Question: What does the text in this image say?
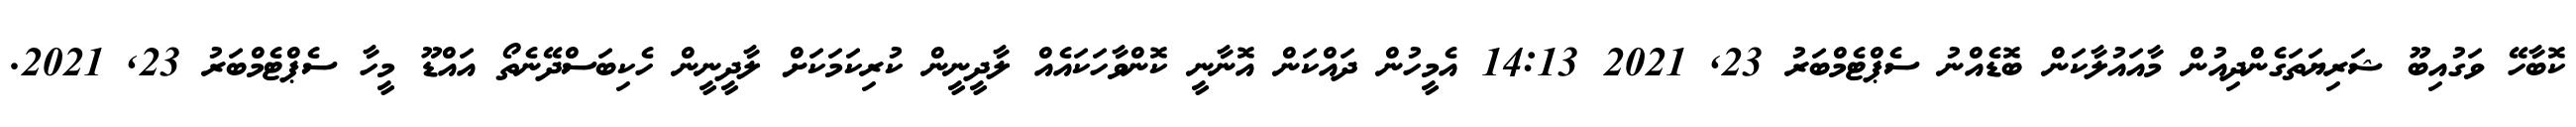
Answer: ކޮބާހޭ ވަގުއިބޫ ޝަރިޔަތަގެންދިއުން މާއައުލާކަން ބޮޑެއްނު ސެޕްޓެމްބަރު 23, 2021 14:13 އެމީހުން ދައްކަން އޮނާނީ ކޮންވާހަކައެއް ލާދީނީން ކުރިކަމަކަށް ލާދީނީން ހެކިބަސްދޭނެތޯ އައްޑޫ މީހާ ސެޕްޓެމްބަރު 23, 2021.